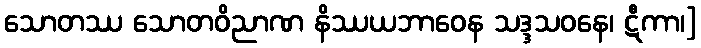
သောတဿ သောတဝိညာဏ နိဿယဘာဝေန သဒ္ဒသဝနေ၊ ဋီကာ၊]